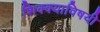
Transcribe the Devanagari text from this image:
शिक्क्याविषयी